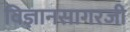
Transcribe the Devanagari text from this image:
विज्ञानसागरजी